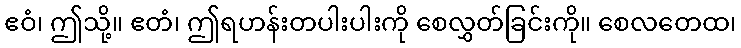
ဧဝံ၊ ဤသို့။ ဧတံ၊ ဤရဟန်းတပါးပါးကို စေလွှတ်ခြင်းကို။ စေလတေထ၊